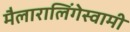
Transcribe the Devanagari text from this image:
मैलारालिंगेस्वामी